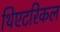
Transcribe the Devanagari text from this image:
थिएटरिकल